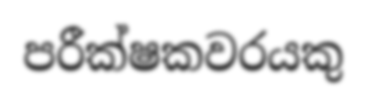
පරීක්ෂකවරයකු